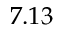
7 . 1 3